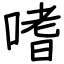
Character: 嗜